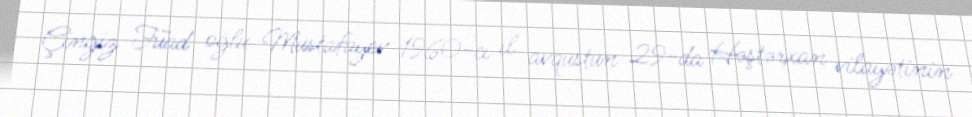
Çingiz Fuad oğlu Mustafayev 1960-cı il avqustun 29-da Həştərxan vilayətinin